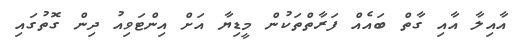
އާއިލާ އާއި ގާތް ބައެއް ފަރާތްތަކުން މީޑިޔާ އަށް އިންޓަވިއު ދިން ގޮތުގައި